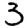
Digit: 3